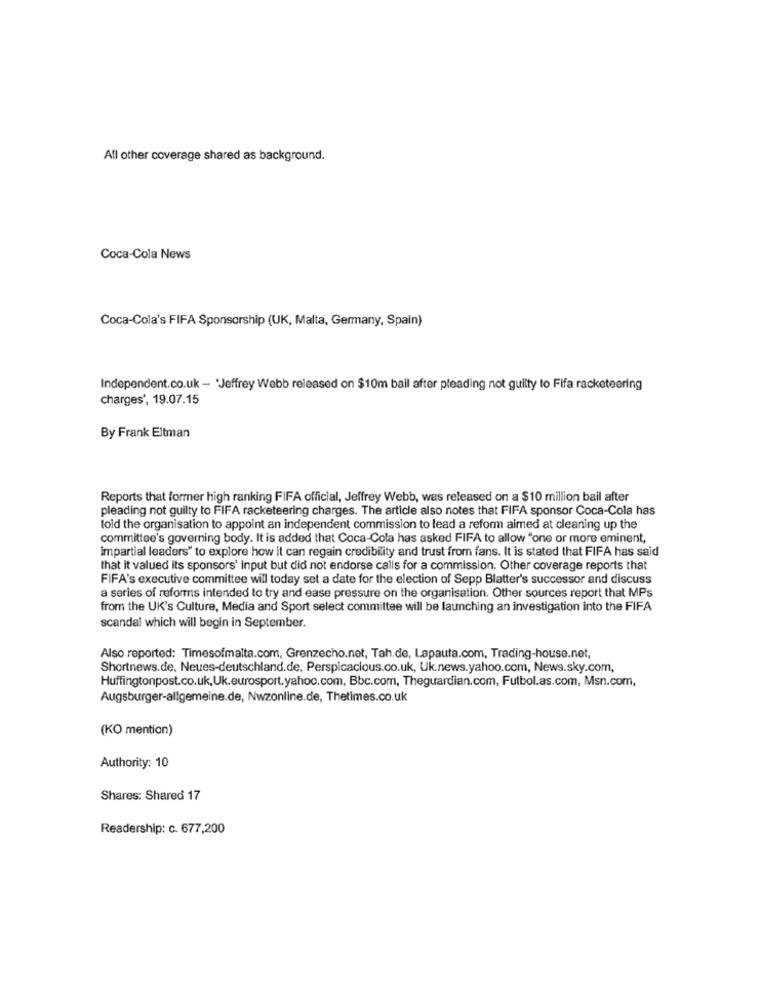
All other coverage shared as background.
Coca-Cola News
Coca-Cola's FIFA Sponsorship (UK, Malta, Germany, Spain)
Independent.co.uk - 'Jeffrey Webb released on $10m ball after pleading not guilty to Fifa racketeering
charges', 19.07.15
By Frank Eltman
Reports that former high ranking FIFA official, Jeffrey Webb, was released on a $10 million bail after
pleading not guilty to FIFA racketeering charges. The article also notes that FIFA sponsor Coca-Cola has
told the organisation to appoint an independent commission to lead a reform aimed at cleaning up the
committee's governing body. It is added that Coca-Cola has asked FIFA to allow "one or more eminent,
impartial leaders" to explore how it can regain credibility and trust from fans. It is stated that FIFA has said
that it valued its sponsors' input but did not endorse calls for a commission. Other coverage reports that
FIFA's executive committee will today set a date for the election of Sepp Blatter's successor and discuss
a series of reforms intended to try and ease pressure on the organisation. Other sources report that MPs
from the UK's Culture, Media and Sport select committee will be launching an investigation into the FIFA
scandal which will begin in September.
Also reported: Timesofmalta.com, Grenzecho.net, Tah.de, Lapauta.com, Trading-house.net,
Shortnews.de. Neues-deutschland.de. Perspicacious.co.uk, Uk.news.yahoo.com, News.sky.com,
Huffingtonpost.co.uk,Uk.eurosport.yahoo.com, Bbc.com, Theguardian.com, Futbol.as.com, Msn.com,
Augsburger-allgemeine.de, Nwzonline.de, Thetimes.co.uk
(KO mention)
Authority: 10
Shares: Shared 17
Readership: c. 677,200